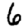
Digit: 6